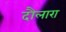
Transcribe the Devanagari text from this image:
दौलारा